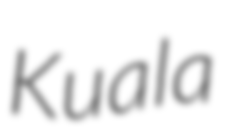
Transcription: Kuala